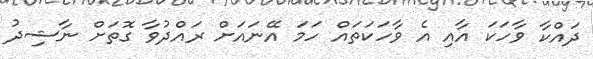
ދައްކާ ވާހަކަ އާއި އެ ވާހަކަތައް ހަމަ އޭނައަށް ރައްދުވާ ގޮތަށް ނާޝިދު